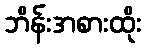
ဘိန်းအစားထိုး